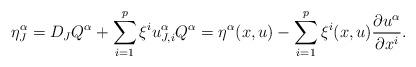
LaTeX: \begin{align*}\eta_J^\alpha=D_JQ^\alpha+\sum_{i=1}^p\xi^iu_{J,i}^\alpha Q^\alpha=\eta^\alpha(x,u)-\sum_{i=1}^p\xi^i(x,u)\frac{\partial u^\alpha}{\partial x^i}.\end{align*}